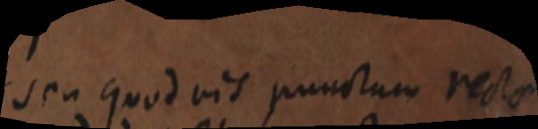
seu quod vis punctum recta